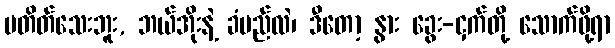
မတိတ်သေးဘူး, ဘယ်အိုးနဲ့ ခံမည်လဲ၊ ဒီတော့ နွား ခွေး-ငှက်တို့ သောက်ဖို့ရာ